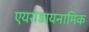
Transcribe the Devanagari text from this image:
एयरोडायनामिक